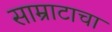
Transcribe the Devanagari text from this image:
साम्राटाचा